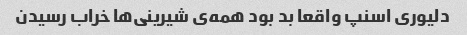
دلیوری اسنپ واقعا بد بود همه‌ی شیرینی‌ها خراب رسیدن